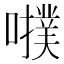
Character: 𡃒